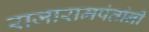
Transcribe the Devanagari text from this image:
राजारामपंतांनी